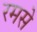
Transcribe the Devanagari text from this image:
रमसे